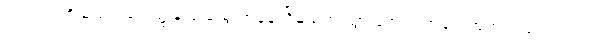
ဝင်သက်ကို ရှူသည့်ခဏ၌ နှလုံးသွေးအခုန် ငြိမ်သက် သွားအောင် အလေ့အကျင့် ပြုလုပ်သည်။